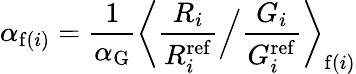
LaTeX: \alpha_{\mathrm{f}(i)}=\frac{1}{\alpha_{\mathrm{G}}}\bigg\langle\frac{R_{i}}{R_{i}^{\mathrm{ref}}}\Big/\frac{G_{i}}{G_{i}^{\mathrm{ref}}}\bigg\rangle_{\mathrm{f}(i)}